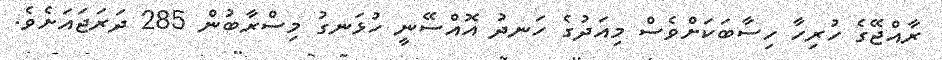
ރާއްޖޭގެ ހުރިހާ ހިސާބަކަށްވެސް މިއަދުގެ ހަނދު އޮއްސޭނީ ހުޅަނގު މިސްރާބުން 285 ދަރަޖައަށެވެ.